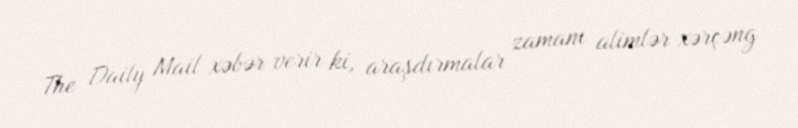
The Daily Mail xəbər verir ki, araşdırmalar zamanı alimlər xərçəng